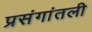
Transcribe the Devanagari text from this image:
प्रसंगांतली